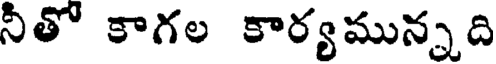
నీతో కాగల కార్యమున్నది